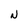
Character: N